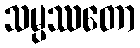
သမ္ပဿတော